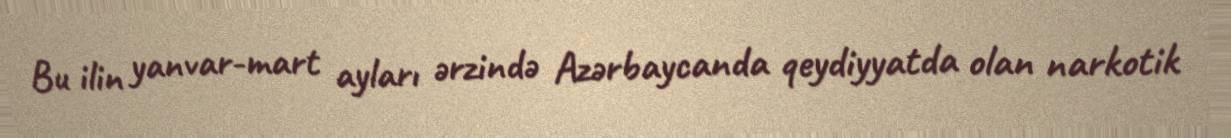
Bu ilin yanvar-mart ayları ərzində Azərbaycanda qeydiyyatda olan narkotik